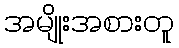
အမျိုးအစားတူ